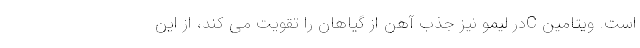
است. ویتامین Cدر لیمو نیز جذب آهن از گیاهان را تقویت می کند، از این